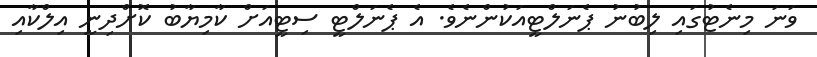
ވަނަ މިނެޓުގައި ލިބުނު ޕެނަލްޓީއަކުންނެވެ. އެ ޕެނަލްޓީ ސިޓީއަށް ކާމިޔާބު ކޮށްދިނީ އިލްކާއި